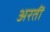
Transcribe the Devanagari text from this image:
अरतीं